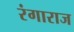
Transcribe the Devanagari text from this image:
रंगाराज